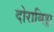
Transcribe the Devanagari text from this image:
दोराबिड्डा